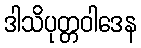
ဒါသိပုတ္တဝါဒေန